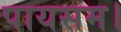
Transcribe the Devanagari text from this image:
पायसम।